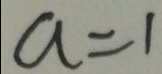
a = 1